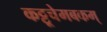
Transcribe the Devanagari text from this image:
कट्टूचेमबकम्